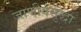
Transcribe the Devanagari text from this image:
जाणीवसुद्धा